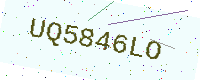
Text: UQ5846LO